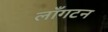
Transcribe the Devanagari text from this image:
लाँगटन